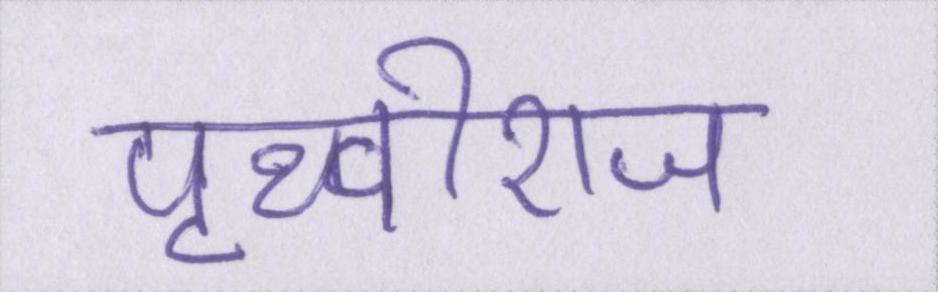
पृथ्वीराज